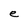
Character: e